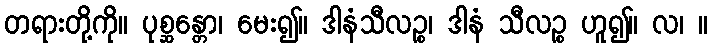
တရားတို့ကို။ ပုစ္ဆန္တော၊ မေး၍။ ဒါနံသီလဉ္စ၊ ဒါနံ သီလဉ္စ ဟူ၍။ လ၊ ။